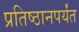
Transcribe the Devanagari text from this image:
प्रतिष्ठानपर्यंत